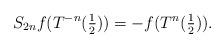
LaTeX: \begin{align*}S_{2n}f(T^{-n}(\tfrac{1}{2}))= - f(T^{n}(\tfrac{1}{2})).\end{align*}